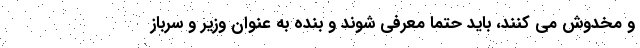
و مخدوش می کنند، باید حتما معرفی شوند و بنده به عنوان وزیر و سرباز